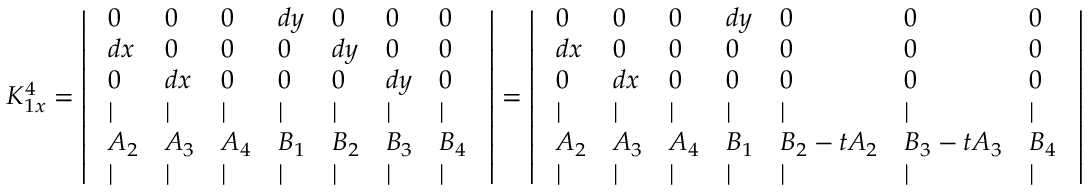
K _ { 1 x } ^ { 4 } = \left| \begin{array} { l l l l l l l } { ~ 0 } & { 0 } & { 0 } & { d y } & { 0 } & { 0 } & { 0 ~ } \\ { ~ d x } & { 0 } & { 0 } & { 0 } & { d y } & { 0 } & { 0 ~ } \\ { ~ 0 } & { d x } & { 0 } & { 0 } & { 0 } & { d y } & { 0 ~ } \\ { ~ | } & { | } & { | } & { | } & { | } & { | } & { | ~ } \\ { ~ A _ { 2 } } & { A _ { 3 } } & { A _ { 4 } } & { B _ { 1 } } & { B _ { 2 } } & { B _ { 3 } } & { B _ { 4 } ~ } \\ { ~ | } & { | } & { | } & { | } & { | } & { | } & { | ~ } \end{array} \right| = \left| \begin{array} { l l l l l l l } { ~ 0 } & { 0 } & { 0 } & { d y } & { 0 } & { 0 } & { 0 ~ } \\ { ~ d x } & { 0 } & { 0 } & { 0 } & { 0 } & { 0 } & { 0 ~ } \\ { ~ 0 } & { d x } & { 0 } & { 0 } & { 0 } & { 0 } & { 0 ~ } \\ { ~ | } & { | } & { | } & { | } & { | } & { | } & { | ~ } \\ { ~ A _ { 2 } } & { A _ { 3 } } & { A _ { 4 } } & { B _ { 1 } } & { B _ { 2 } - t A _ { 2 } } & { B _ { 3 } - t A _ { 3 } } & { B _ { 4 } ~ } \\ { ~ | } & { | } & { | } & { | } & { | } & { | } & { | ~ } \end{array} \right|